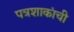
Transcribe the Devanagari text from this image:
पत्रशाकांची